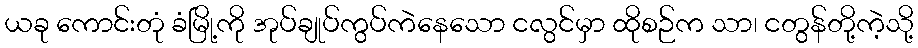
ယခု ကောင်းတုံ ခံမြို့ကို အုပ်ချုပ်ကွပ်ကဲနေသော ငလွင်မှာ ထိုစဉ်က သာ၊ ငတွန်တို့ကဲ့သို့